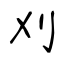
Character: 刈